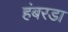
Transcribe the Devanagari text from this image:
हंबरडा